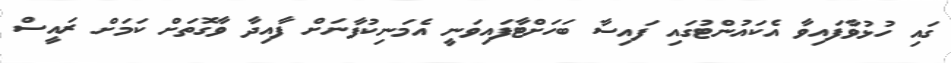
ގައި ހުޅުވާފައިވާ އެކައުންޓުގައި ފައިސާ ބަހަށްޓާފައިވަނީ އެމަނިކުފާނަށް ފާއިދާ ވާގޮތަށް ކަމަށް ރައީސް